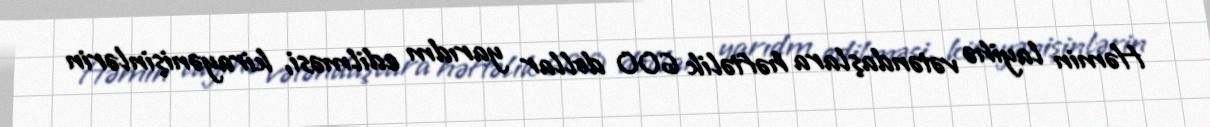
Həmin layihə vətəndaşlara həftəlik 600 dollar yarıdm edilməsi, kirayənişinlərin